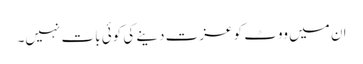
ان میں ووٹ کو عزت دینے کی کوئی بات نہیں۔